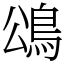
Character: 䲲